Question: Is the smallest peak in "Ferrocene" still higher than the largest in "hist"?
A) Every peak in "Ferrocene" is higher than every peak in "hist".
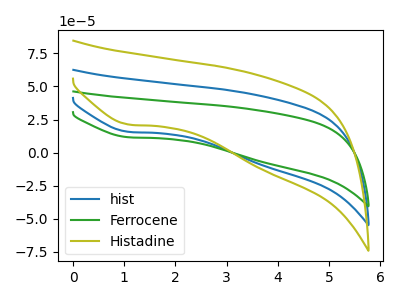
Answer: <think>The blue curve "hist" has a cathodic peak at: (1.10V, 15.70uA). The green curve "Ferrocene" has a cathodic peak at: (1.10V, 11.60uA). The olive curve "Histadine" has a cathodic peak at: (1.10V, 31.35uA).</think>
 <answer>A) Every peak in "Ferrocene" is higher than every peak in "hist".</answer>
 <eval>A</eval>